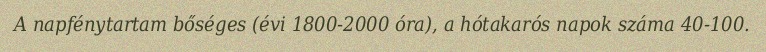
A napfénytartam bőséges (évi 1800-2000 óra), a hótakarós napok száma 40-100.